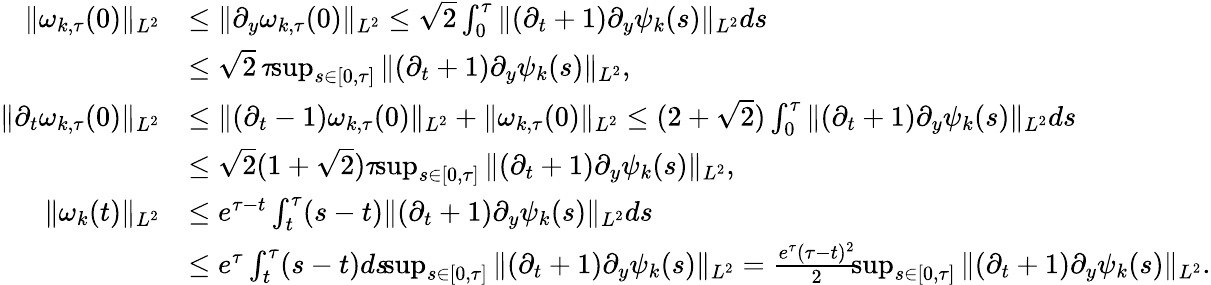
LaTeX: \begin{array}{rl}{\| \omega_{k,\tau}(0)\| _{L^{2}}}&{\leq\| \partial_{y}\omega_{k,\tau}(0)\| _{L^{2}}\leq\sqrt{2}\int_{0}^{\tau}\| (\partial_{t}+1)\partial_{y}\psi_{k}(s)\| _{L^{2}}ds}\\ &{\leq\sqrt{2}\, \tau\! \! \operatorname*{sup}_{s\in[0,\tau]}\| (\partial_{t}+1)\partial_{y}\psi_{k}(s)\| _{L^{2}},}\\ {\| \partial_{t}\omega_{k,\tau}(0)\| _{L^{2}}}&{\leq\| (\partial_{t}-1)\omega_{k,\tau}(0)\| _{L^{2}}+\| \omega_{k,\tau}(0)\| _{L^{2}}\leq(2+\sqrt{2})\int_{0}^{\tau}\| (\partial_{t}+1)\partial_{y}\psi_{k}(s)\| _{L^{2}}ds}\\ &{\leq\sqrt{2}(1+\sqrt{2})\tau\! \! \operatorname*{sup}_{s\in[0,\tau]}\| (\partial_{t}+1)\partial_{y}\psi_{k}(s)\| _{L^{2}},}\\ {\| \omega_{k}(t)\| _{L^{2}}}&{\leq e^{\tau-t}\int_{t}^{\tau}(s-t)\| (\partial_{t}+1)\partial_{y}\psi_{k}(s)\| _{L^{2}}ds}\\ &{\leq e^{\tau}\int_{t}^{\tau}(s-t)ds\! \! \operatorname*{sup}_{s\in[0,\tau]}\| (\partial_{t}+1)\partial_{y}\psi_{k}(s)\| _{L^{2}}=\frac{e^{\tau}(\tau-t)^{2}}{2}\! \! \operatorname*{sup}_{s\in[0,\tau]}\| (\partial_{t}+1)\partial_{y}\psi_{k}(s)\| _{L^{2}}.}\end{array}